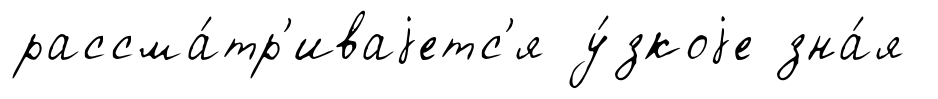
рассма́тр'иваjетс'я у́зкоjе зна́я